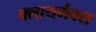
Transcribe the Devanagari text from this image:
क्लायमैक्स